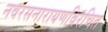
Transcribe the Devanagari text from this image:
नवरसनारायणविरचित